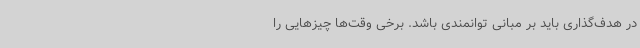
در هدف‌گذاری باید بر مبانی توانمندی باشد. برخی وقت‌ها چیزهایی را